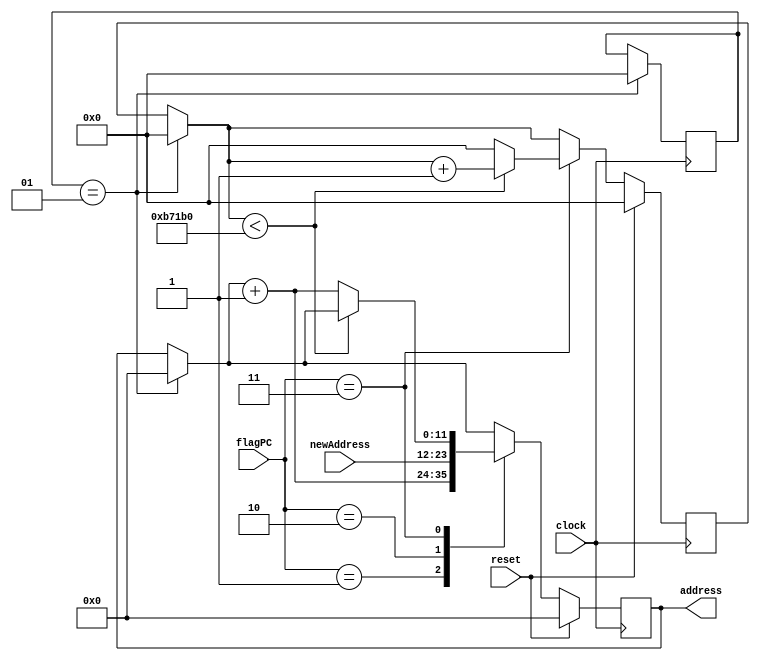
module ProgramCounter
#(parameter ADDR_WIDTH=12)
(
	input clock,
	input reset,
	input [2:0] flagPC,
	input [(ADDR_WIDTH-1):0] newAddress,
	output reg [(ADDR_WIDTH-1):0] address
);
	integer initialize = 1;
	localparam [2:0] INCREASE = 3'd1, JUMP = 3'd2, DELAY = 3'd3;
	
	wire [31:0] delay;
	reg [31:0] count;
	
	assign delay = 32'd750000;
	
	always@ (posedge clock) begin
		if(initialize == 1) begin
			address = 12'd0;		//Endereo para execuo da instruo
			count = 32'd0;
			initialize = 0;
		end
		if (reset == 1) begin 	//Comea a executar o programa da primeira linha.
			address = 12'd0;
			count = 32'd0;
		end
		else begin
			case(flagPC)
				INCREASE: address = address + 12'd1;
				JUMP: address = newAddress;
				DELAY: begin
					if(count < delay) count = count + 32'd1;
					else begin
						count = 32'd0;
						address = address + 12'd1;
					end		
				end
			endcase	
		end
	end
	
endmodule